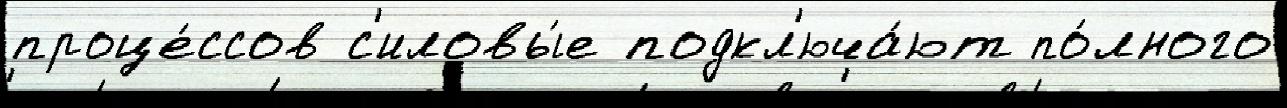
проце́ссов с'иловы́е подкл'юча́ют по́лного